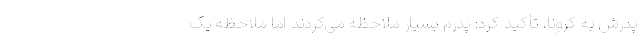
پدرش به کرونا، تأکید کرد: پدرم بسیار ملاحظه می‌کردند اما ملاحظه یک